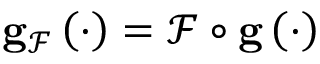
\mathbf { g } _ { \mathcal { F } } \left( \cdot \right) = \mathcal { F } \circ \mathbf { g } \left( \cdot \right)